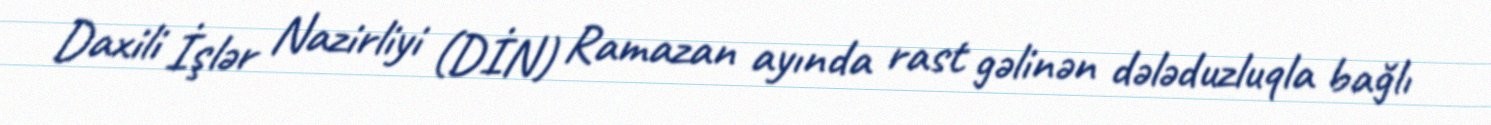
Daxili İşlər Nazirliyi (DİN) Ramazan ayında rast gəlinən dələduzluqla bağlı